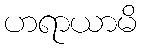
ဟရာယာမိ